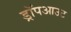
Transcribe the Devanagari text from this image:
ड्रॉपआउट